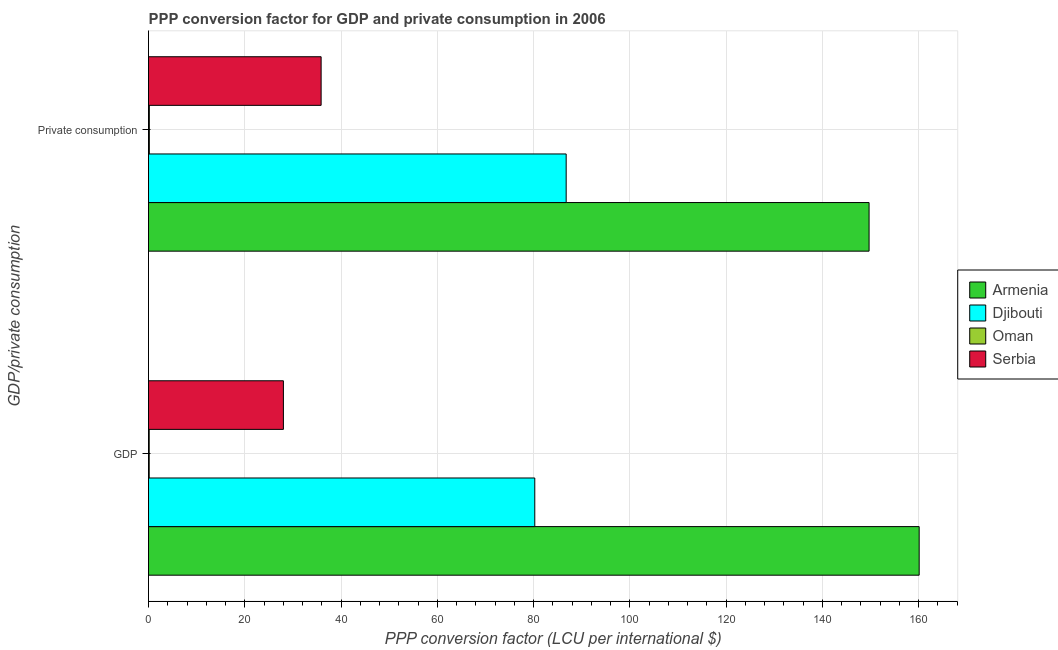
| GDP/private consumption | Armenia | Djibouti | Oman | Serbia |
 | --- | --- | --- | --- | --- |
 | GDP | 160 | 80.2 | 0.142 | 28 |
 |  Private consumption | 150 | 86.8 | 0.168 | 35.9 |